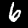
Digit: 6